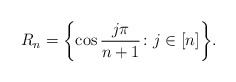
\begin{align*}R_n=\biggl\{\cos{j\pi\over n+1}\colon j\in[n]\biggr\}.\end{align*}